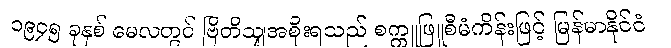
၁၉၄၅ ခုနှစ် မေလတွင် ဗြိတိသျှအစိုးရသည် စက္ကူဖြူစီမံကိန်းဖြင့် မြန်မာနိုင်ငံ